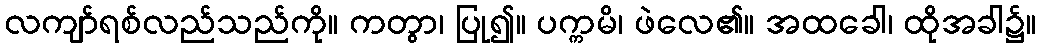
လကျာ်ရစ်လည်သည်ကို။ ကတွာ၊ ပြု၍။ ပက္ကမိ၊ ဖဲလေ၏။ အထခေါ၊ ထိုအခါ၌။